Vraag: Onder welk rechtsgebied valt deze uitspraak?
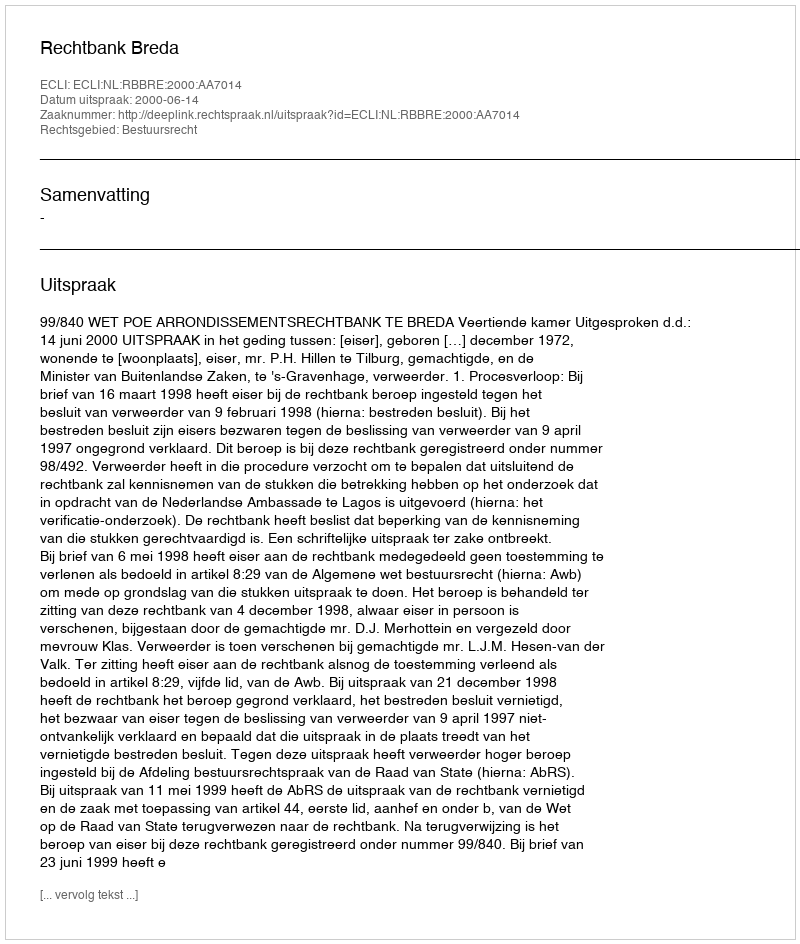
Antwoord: Bestuursrecht